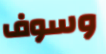
وسوف